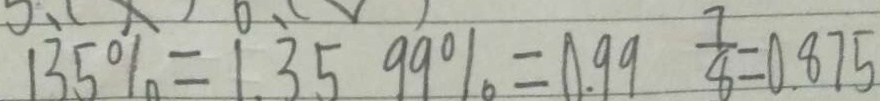
1 3 5 \% = 1 . 3 5 9 9 \% = 0 . 9 9 \frac { 7 } { 8 } = 0 . 8 7 5